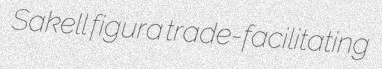
Sakell figura trade-facilitating